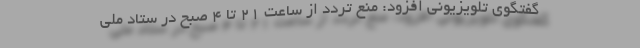
گفتگوی تلویزیونی افزود: منع تردد از ساعت ۲۱ تا ۴ صبح در ستاد ملی